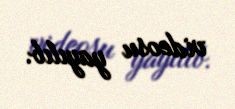
videosu yayılıb.